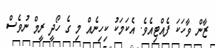
ޒާން ވާހަކަ ފެއްޓިއެވެ. އެކަމަކު ކިހިނެއް މި ގެ ހޯދީ ރީމް ނުވެސް